Vaccine operations Central Provinces 1900-1911 - 1900-1911
Year: 1900
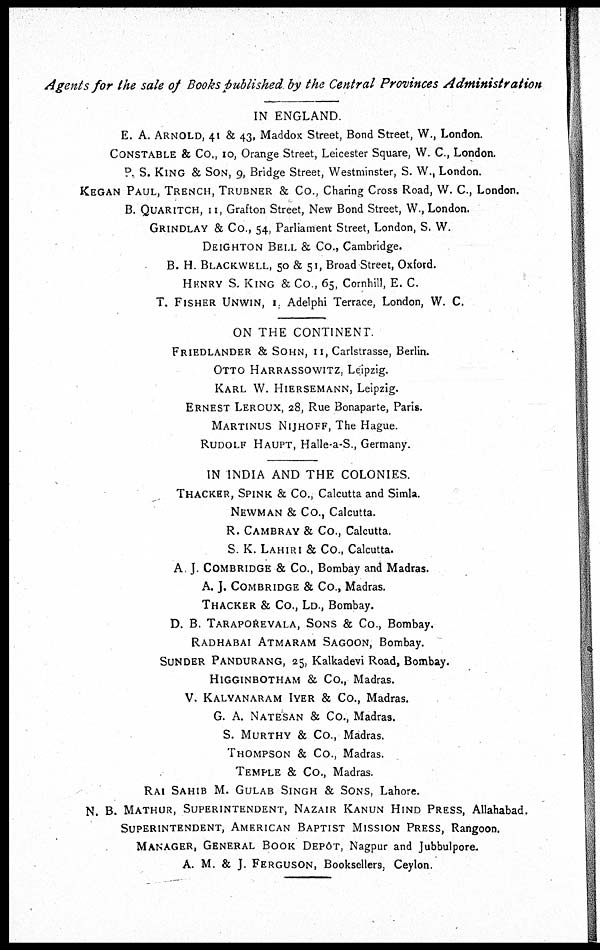
Agents for the sale of Books published by the Central Provinces Administration
IN ENGLAND.
E. A. ARNOLD, 41 & 43, Maddox Street, Bond Street, W., London.
CONSTABLE & Co., 10, Orange Street, Leicester Square, W. C., London.
P. S. KING & SON, 9, Bridge Street, Westminster, S. W., London.
KEGAN PAUL, TRENCH, TRUBNER & Co., Charing Cross Road, W. C., London.
B. QUARITCH, 11, Grafton Street, New Bond Street, W., London.
GRINDLAY & Co., 54, Parliament Street, London, S. W.
DEIGHTON BELL & Co., Cambridge.
B. H. BLACKWELL, 50 & 51, Broad Street, Oxford.
HENRY S. KING & Co., 65, Cornhill, E. C.
T. FISHER UNWIN, 1, Adelphi Terrace, London, W. C.
ON THE CONTINENT.
FRIEDLANDER & SOHN, 11, Carlstrasse, Berlin.
OTTO HARRASSOWITZ, Leipzig.
KARL W. HIERSEMANN, Leipzig.
ERNEST LEROUX, 28, Rue Bonaparte, Paris.
MARTINUS NIJHOFF, The Hague.
RUDOLF HAUPT, Halle-a-S , Germany.
IN INDIA AND THE COLONIES.
THACKER, SPINK & Co., Calcutta and Simla.
NEWMAN & Co., Calcutta.
R. CAMBRAY & Co., Calcutta.
S. K. LAHIRI & Co., Calcutta.
A. J. COMBRIDGE & Co., Bombay and Madras.
A. J. COMBRIDGE & Co., Madras.
THACKER & Co., LD., Bombay.
D. B. TARAPOREVALA, SONS & Co., Bombay.
RADHABAI ATMARAM SAGOON, Bombay.
SUNDER PANDURANG, 25, Kalkadevi Road, Bombay.
HIGGINBOTHAM & Co., Madras.
V. KALYANARAM IYER & Co., Madras.
G. A. NATESAN & Co., Madras.
S. MURTHY & Co., Madras.
THOMPSON & Co., Madras.
TEMPLE & Co., Madras.
RAI SAHIB M. GULAB SINGH & SONS, Lahore.
N. B. MATHUR, SUPERINTENDENT, NAZAIR KANUN HIND PRESS, Allahabad.
SUPERINTENDENT, AMERICAN BAPTIST MISSION PRESS, Rangoon.
MANAGER, GENERAL BOOK DEPÔT, Nagpur and Jubbulpore.
A. M. & J. FERGUSON, Booksellers, Ceylon.